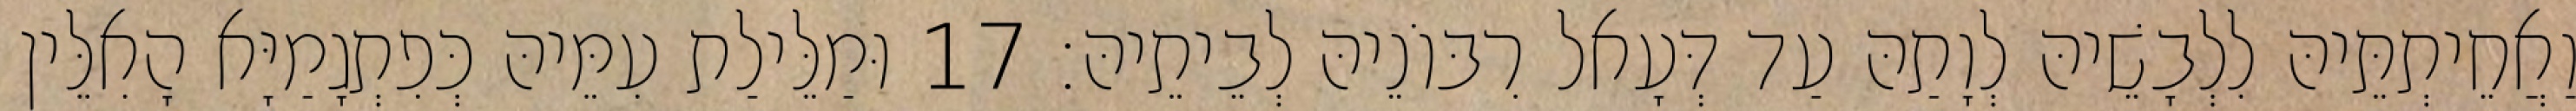
וַאֲחֵיתְתֵּיהּ לִלְבָשֵׁיהּ לְוָתַהּ עַד דְּעָאל רִבּוֹנֵיהּ לְבֵיתֵיהּ׃ 17 וּמַלֵּילַת עִמֵּיהּ כְּפִתְגָמַיָּא הָאִלֵּין